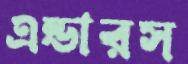
এন্ডারস